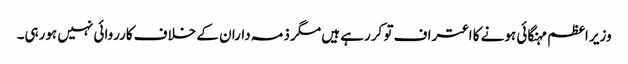
وزیر اعظم مہنگائی ہونے کا اعتراف تو کررہے ہیں مگر ذمہ داران کے خلاف کارروائی نہیں ہورہی۔